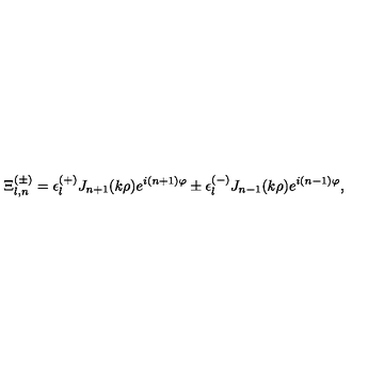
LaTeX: \Xi _ { l , n } ^ { ( \pm ) } = \epsilon _ { l } ^ { ( + ) } J _ { n + 1 } ( k \rho ) e ^ { i ( n + 1 ) \varphi } \pm \epsilon _ { l } ^ { ( - ) } J _ { n - 1 } ( k \rho ) e ^ { i ( n - 1 ) \varphi } ,